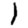
Digit: 1